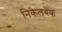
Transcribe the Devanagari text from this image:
निकेलबेक